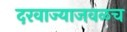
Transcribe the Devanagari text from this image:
दरवाज्याजवळच